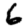
Digit: 6